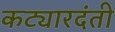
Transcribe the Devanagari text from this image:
कट्यारदंती